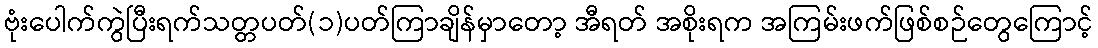
ဗုံးပေါက်ကွဲပြီးရက်သတ္တပတ်(၁)ပတ်ကြာချိန်မှာတော့ အီရတ် အစိုးရက အကြမ်းဖက်ဖြစ်စဉ်တွေကြောင့်